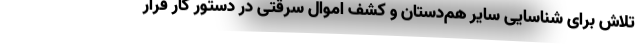
تلاش برای شناسایی سایر هم‌دستان و کشف اموال سرقتی در دستور کار قرار